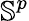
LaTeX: \mathbb{S}^{p}